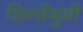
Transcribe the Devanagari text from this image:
शिन्सेंगुमी